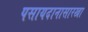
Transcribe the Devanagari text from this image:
पसायदानासारखा